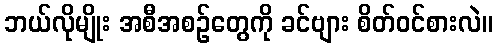
ဘယ်လိုမျိုး အစီအစဉ်တွေကို ခင်ဗျား စိတ်ဝင်စားလဲ။